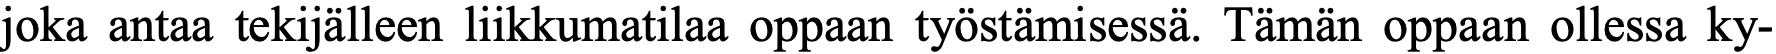
joka antaa tekijälleen liikkumatilaa oppaan työstämisessä. Tämän oppaan ollessa ky-